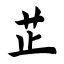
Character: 芷